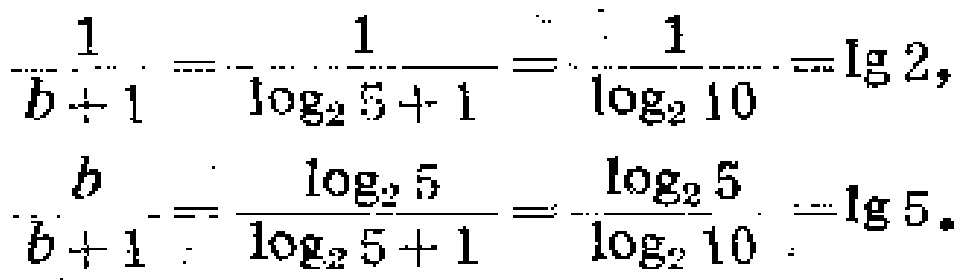
\[\begin{align*}
\frac{1}{b + 1}&=\frac{1}{\log_{2}5 + 1}=\frac{1}{\log_{2}10}=\lg 2,\\
\frac{b}{b + 1}&=\frac{\log_{2}5}{\log_{2}5 + 1}=\frac{\log_{2}5}{\log_{2}10}=\lg 5.
\end{align*}\]